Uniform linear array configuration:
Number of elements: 12
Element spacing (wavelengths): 0.25
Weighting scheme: blackman
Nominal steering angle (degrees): -15
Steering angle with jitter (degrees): -13.317
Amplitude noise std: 0.05
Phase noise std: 0.05

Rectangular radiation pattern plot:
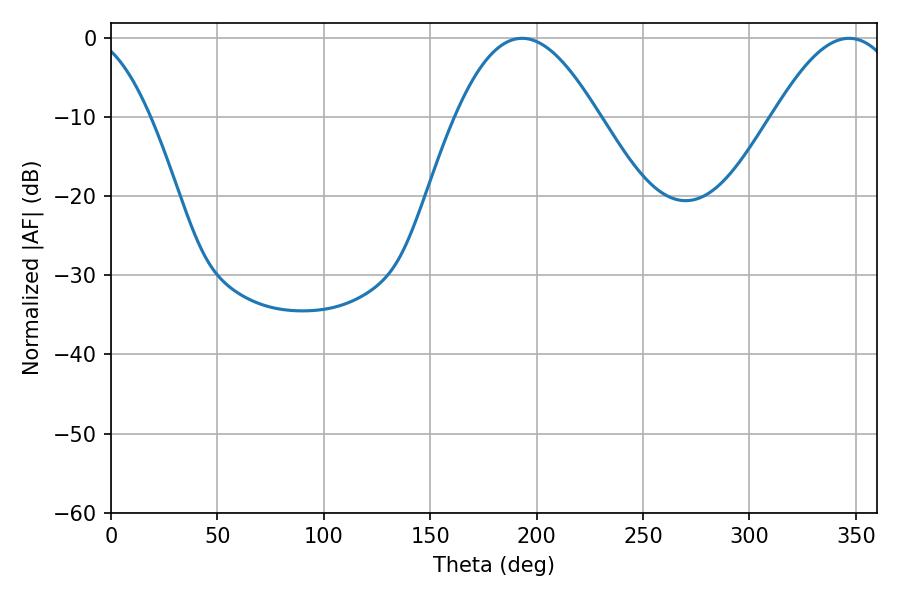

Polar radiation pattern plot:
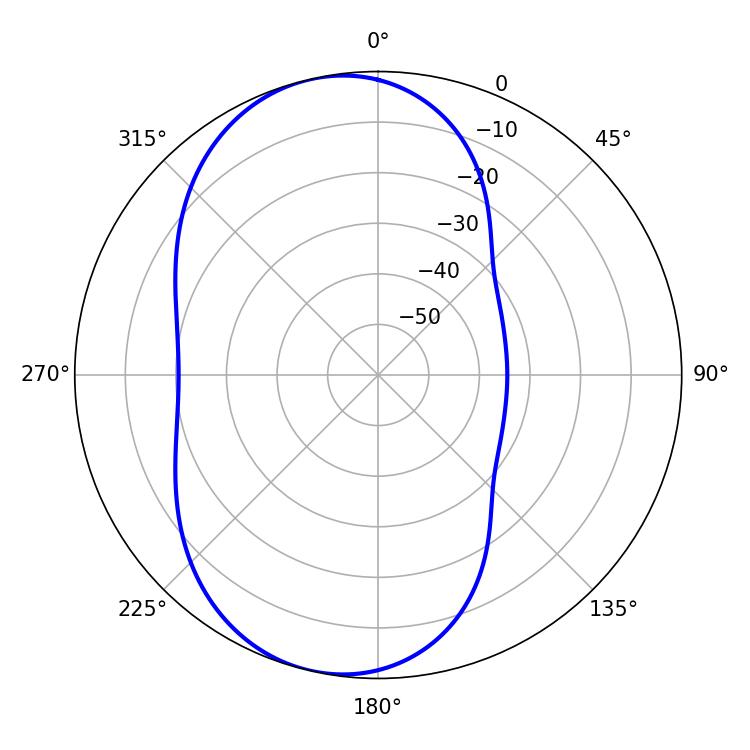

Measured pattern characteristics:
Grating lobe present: FALSE
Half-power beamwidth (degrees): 36.54
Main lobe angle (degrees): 193.14